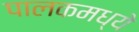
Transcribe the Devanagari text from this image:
पालकमध्ये